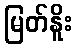
မြတ်နိူး